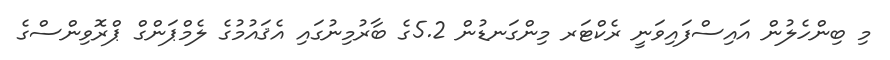
މި ބިންހެލުން އައިސްފައިވަނީ ރެކްޓަރ މިންގަނޑުން 5.2ގެ ބާރުމިނުގައި އެޤައުމުގެ ލެމްޕަންގް ޕްރޮވިންސްގެ